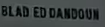
BLADEDANDOUN